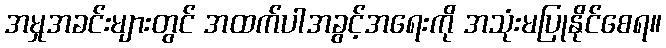
အမှုအခင်းများတွင် အထက်ပါအခွင့်အရေးကို အသုံးမပြုနိုင်စေရ။